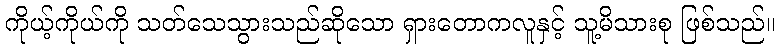
ကိုယ့်ကိုယ်ကို သတ်သေသွားသည်ဆိုသော ရှားတောကလူနှင့် သူ့မိသားစု ဖြစ်သည်။